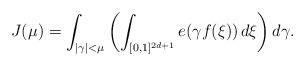
LaTeX: \begin{align*} J(\mu)=\int_{|\gamma|<\mu}\left( \int_{[0,1]^{2d+1}}e(\gamma f({\bf \xi}))\,d{\bf\xi} \right)d\gamma.\end{align*}